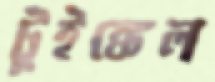
টুইঙ্কেল